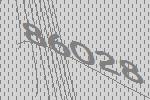
86028